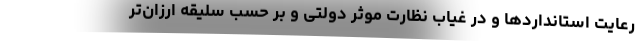
رعایت استانداردها و در غیاب نظارت موثر دولتی و بر حسب سلیقه ارزان‌تر